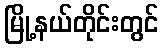
မြို့နယ်တိုင်းတွင်